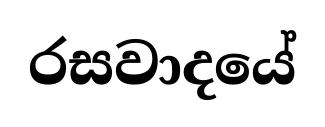
රසවාදයේ